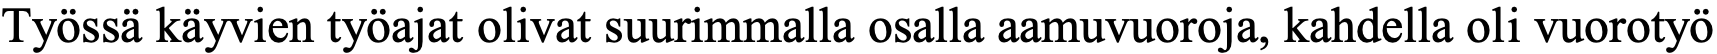
Työssä käyvien työajat olivat suurimmalla osalla aamuvuoroja, kahdella oli vuorotyö